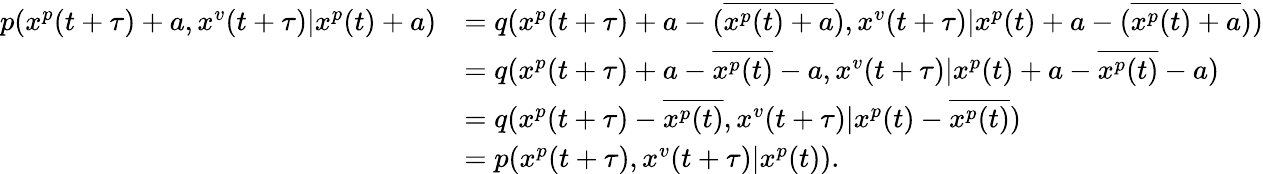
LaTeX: \begin{array}{rl}{p(x^{p}(t+\tau)+a,x^{v}(t+\tau)|x^{p}(t)+a)}&{=q(x^{p}(t+\tau)+a-(\overline{{x^{p}(t)+a}}),x^{v}(t+\tau)|x^{p}(t)+a-(\overline{{x^{p}(t)+a}}))}\\ &{=q(x^{p}(t+\tau)+a-\overline{{x^{p}(t)}}-a,x^{v}(t+\tau)|x^{p}(t)+a-\overline{{x^{p}(t)}}-a)}\\ &{=q(x^{p}(t+\tau)-\overline{{x^{p}(t)}},x^{v}(t+\tau)|x^{p}(t)-\overline{{x^{p}(t)}})}\\ &{=p(x^{p}(t+\tau),x^{v}(t+\tau)|x^{p}(t)).}\end{array}